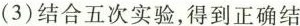
(3)结合五次实验，得到正确结